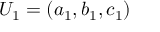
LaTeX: U _ { 1 } = ( a _ { 1 } , b _ { 1 } , c _ { 1 } )